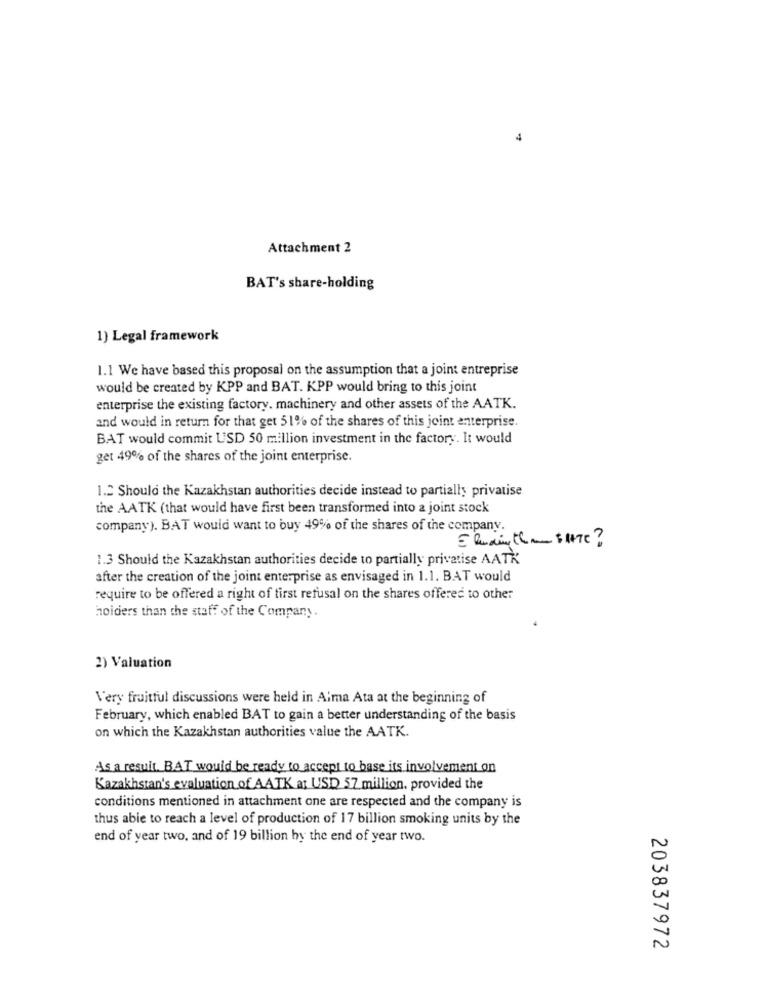
4
Attachment 2
BAT's share-holding
1) Legal framework
1.1 We have based this proposal on the assumption that a joint entreprise
would be created by KPP and BAT. KPP would bring to this joint
enterprise the existing factory. machinery and other assets of the AATK.
and would in return for that get 51% of the shares of this joint enterprise.
BAT would commit USD 50 million investment in the factory. It would
get 49% of the shares of the joint enterprise.
1.2 Should the Kazakhstan authorities decide instead to partially privatise
the AATK (that would have first been transformed into a joint stock
company). BAT would want to buy 49% of the shares of the company.
1.3 Should the Kazakhstan authorities decide to partially privatise AATK
after the creation of the joint enterprise as envisaged in 1.1. BAT would
require to be offered a right of tirst refusal on the shares offered to other
holders than the staff of the Company.
2) Valuation
Very fruitful discussions were held in Alma Ata at the beginning of
February, which enabled BAT to gain a better understanding of the basis
on which the Kazakhstan authorities value the AATK.
As a result. BAT would be ready to accept to base its involvement on
Kazakhstan's evaluation of AATK at USD 57 million, provided the
conditions mentioned in attachment one are respected and the company is
thus able to reach a level of production of 17 billion smoking units by the
end of year two, and of 19 billion by the end of year two.
203837972